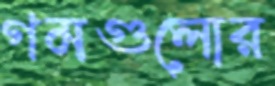
গমগুলোর